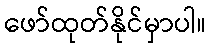
ဖော်ထုတ်နိုင်မှာပါ။